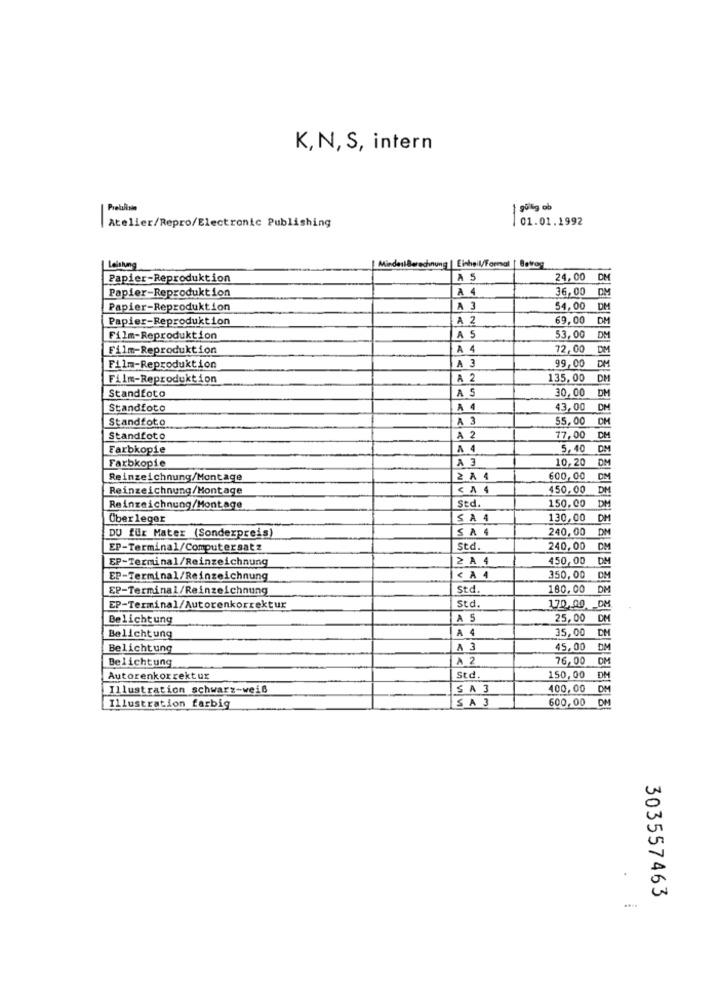
K, N, S, intern
-
01.01.1992
Atelier/Repro/Electronic Publishing
MindestBerechnung | Einheil/Formal | Betrag
Leistung
Papier-Reproduktion
A 5
24,00
DM
Papier-Reproduktion
A 4
36,00 DM
Papier-Reproduktion
A 3
54,00
DM
Papier-Reproduktion
A 2
69,00
DM
53,00
Film-Reproduktion
AS
DM
Film-Reproduktion
A
72,00
DM
DH
Film-Reproduktion
A 3
99,00
Film-Reproduktion
A 2
135,00
DM
Standfoto
AS
30,00
DM
Standfoto
A
43,00
DM
Standfoto
A 3
55.00
DM
Standfoto
A 2
77,00
DM
Farbkopie
A 4
5,40
DM
Farbkopie
A 3
10,20
DM
Reinzeichnung/Montage
2 A 4
600,00
DM
Reinzeichnung/Montage
< A 4
450,00
DM
std.
DM
Reinzeichnung/Montage
150,00
Überleger
SA 4
130,00
DM
DU für Mater (Sonderpreis)
SA4
240,00
DM
EP-Terminal/Computersatz
Std.
240,00
DM
EP-Terminal/Reinzeichnung
2 A 4
450,00
DM
EP-Terminal/Reinzeichnung
< A 4
350,00
DM
EP-Terminal/Reinzeichnung
Std.
180,00
DM
EP-Terminal/Autorenkorrektur
Std.
170,00 DM
Belichtung
A 5
25,00 DM
A
35,00 DM
Belichtung
Belichtung
A 3
45,00
DM
Belichtung
A 2
76,00
DM
Autorenkorrektur
Std.
150,00 DM
Illustration schwarz-weiß
SA 3
400,00 DM
SA 3
600,00 DM
Illustration farbig
.
303557463